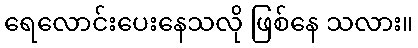
ရေလောင်းပေးနေသလို ဖြစ်နေ သလား။